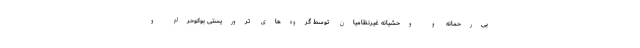
بی‌رحمانه و وحشیانه غیرنظامیان توسط گروه‌های تروریستی بوکوحرام و